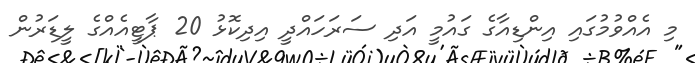
މި އެއްވުމުގައި އިންޑިއާގެ ގައުމީ އަދި ސަރަހައްދީ އިދިކޮޅު 20 ޕާޓީއެއްގެ ލީޑަރުން